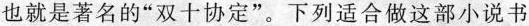
也就是著名的”双十协定”。下列适合做这部小说书